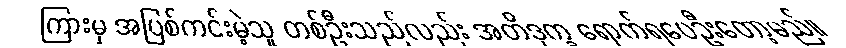
ကြားမှ အပြစ်ကင်းမဲ့သူ တစ်ဦးသည်လည်း အတိဒုက္ခ ရောက်ရပေဦးတော့မည်။